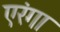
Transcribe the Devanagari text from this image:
एरंगा